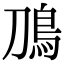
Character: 鳭